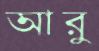
আরু